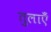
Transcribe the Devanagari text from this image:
तुलाएँ